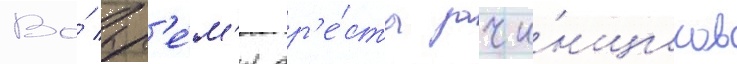
Во́ вр'е́м'я ар'е́ста зачи́нщиков